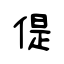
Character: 偍